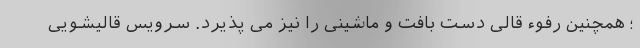
؛ همچنین رفوء قالی دست بافت و ماشینی را نیز می پذیرد. سرویس قالیشویی